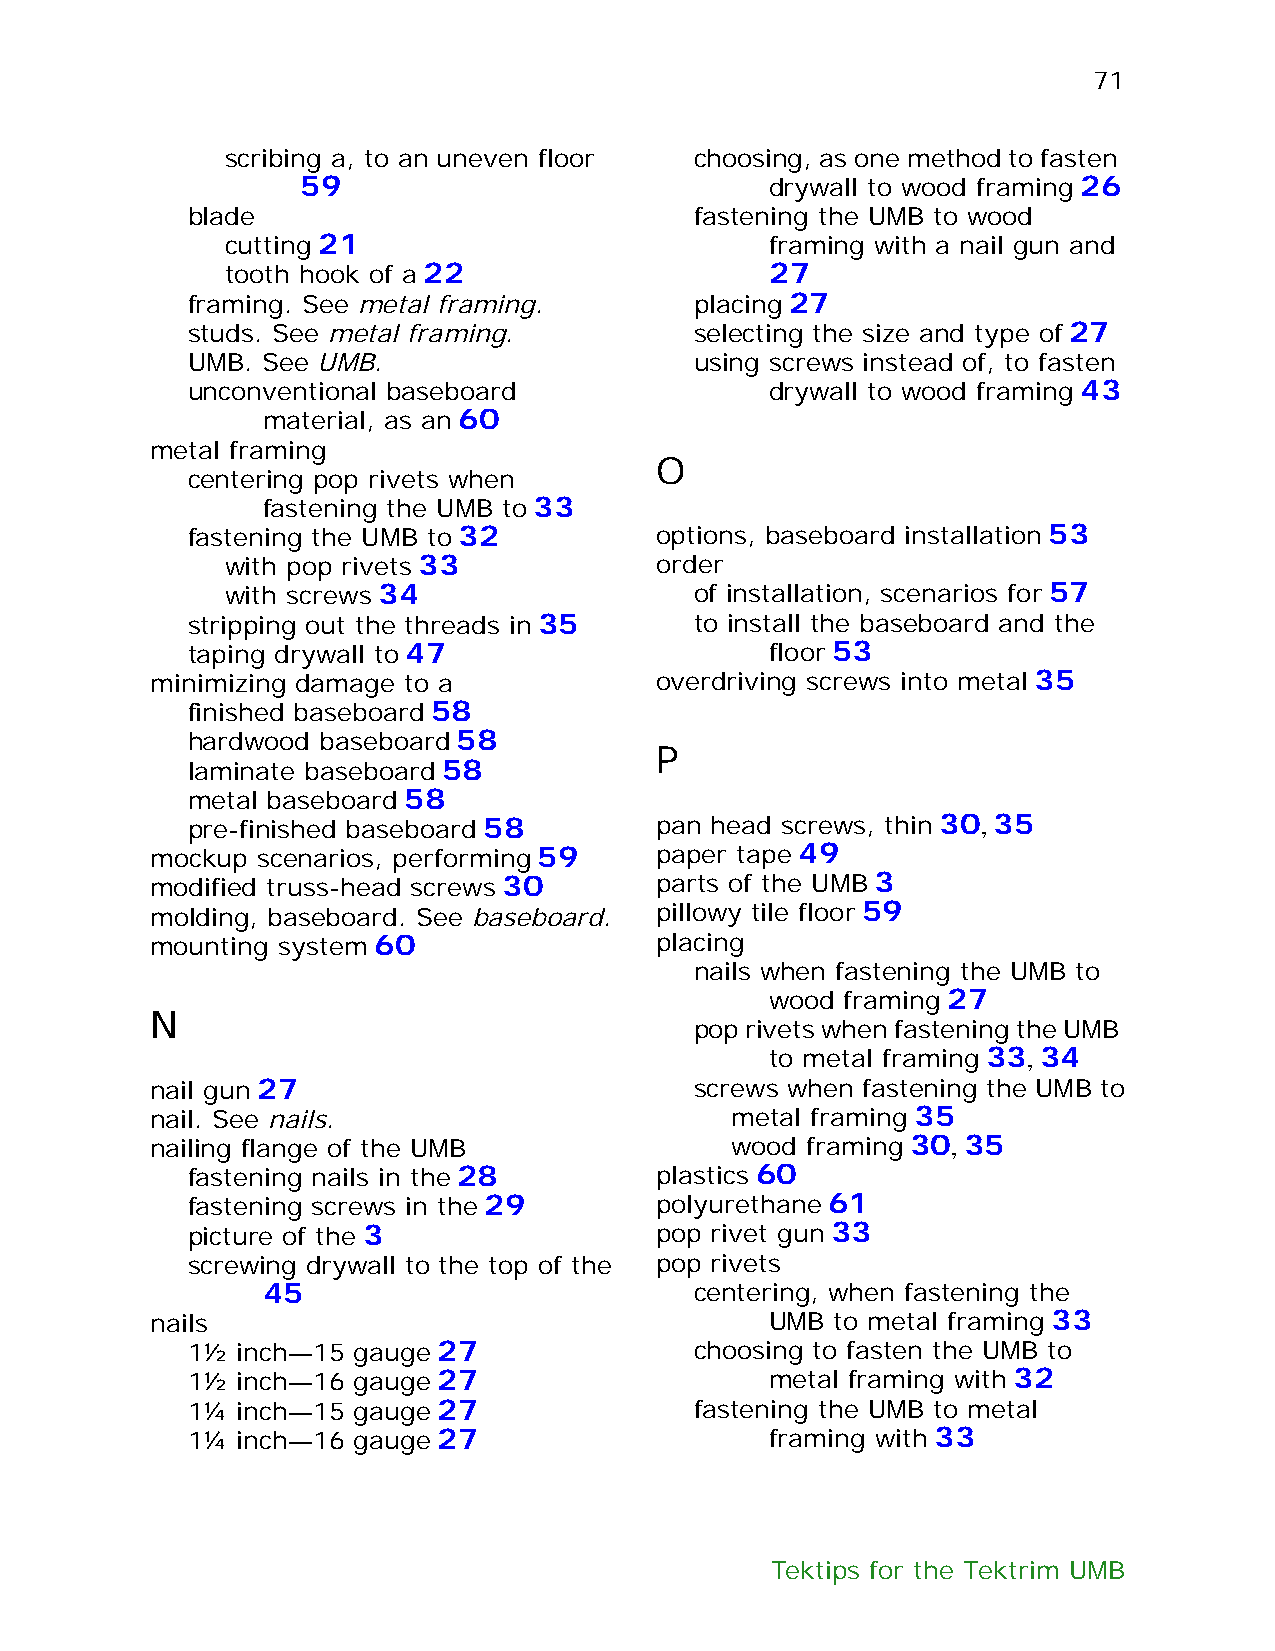
71
 scribing a, to an uneven floor choosing, as one method to fasten
 59                             drywall to wood framing 26
 blade                             fastening the UMB to wood
 cutting 21                          framing with a nail gun and
 tooth hook of a 22                  27
 framing. See metal framing.       placing 27
 studs. See metal framing.         selecting the size and type of 27
 UMB. See UMB.                     using screws instead of, to fasten
 unconventional baseboard               drywall to wood framing 43
 material, as an 60
 metal framing
 O
 centering pop rivets when
 fastening the UMB to 33
 fastening the UMB to 32        options, baseboard installation 53
 with pop rivets 33          order
 with screws 34                 of installation, scenarios for 57
 stripping out the threads in 35   to install the baseboard and the
 taping drywall to 47                   floor 53
 minimizing damage to a           overdriving screws into metal 35
 finished baseboard 58
 hardwood baseboard 58
 P
 laminate baseboard 58
 metal baseboard 58
 pre-finished baseboard 58      pan head screws, thin 30, 35
 mockup scenarios, performing 59  paper tape 49
 modified truss-head screws 30    parts of the UMB 3
 molding, baseboard. See baseboard. pillowy tile floor 59
 mounting system 60               placing
 nails when fastening the UMB to
 wood framing 27
 N
 pop rivets when fastening the UMB
 to metal framing 33, 34
 nail gun 27                         screws when fastening the UMB to
 nail. See nails.                      metal framing 35
 nailing flange of the UMB             wood framing 30, 35
 fastening nails in the 28      plastics 60
 fastening screws in the 29     polyurethane 61
 picture of the 3               pop rivet gun 33
 screwing drywall to the top of the pop rivets
 45                           centering, when fastening the
 nails                                    UMB to metal framing 33
 1½  inch—15 gauge 27              choosing to fasten the UMB to
 1½  inch—16 gauge 27                   metal framing with 32
 1¼  inch—15 gauge 27              fastening the UMB to metal
 1¼  inch—16 gauge 27                   framing with 33
 Tektips for the Tektrim UMB